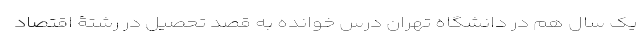
یک سال هم در دانشگاه تهران درس خوانده به قصد تحصیل در رشتۀ اقتصاد